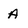
Character: A